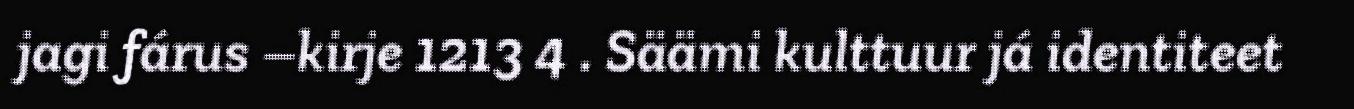
jagi fárus –kirje 1213 4 . Säämi kulttuur já identiteet